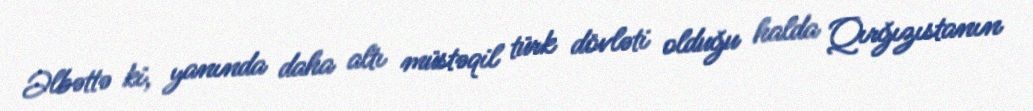
Əlbəttə ki, yanında daha altı müstəqil türk dövləti olduğu halda Qırğızıstanın